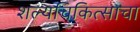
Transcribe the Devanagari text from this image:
शल्यचिकित्साचा